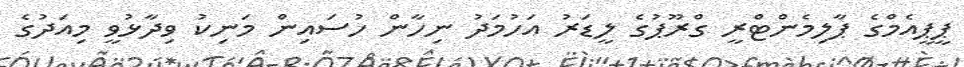
ޕީޕީއެމްގެ ޕާލިމެންޓްރީ ގްރޫޕުގެ ލީޑަރު އަހުމަދު ނިހާން ހުސައިން މަނިކު ވިދާޅުވީ މިއަދުގެ